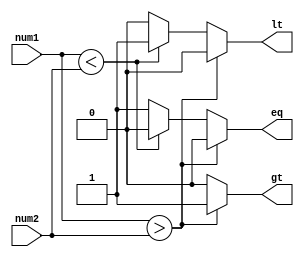
module magnitude_comparator(
    input [7:0] num1,
    input [7:0] num2,
    output reg gt, // greater than
    output reg lt, // less than
    output reg eq  // equal to
);

always @(*) begin
    gt = 0;
    lt = 0;
    eq = 0;
    
    if(num1 > num2) begin
        gt = 1;
    end else if(num1 < num2) begin
        lt = 1;
    end else begin
        eq = 1;
    end
end

endmodule